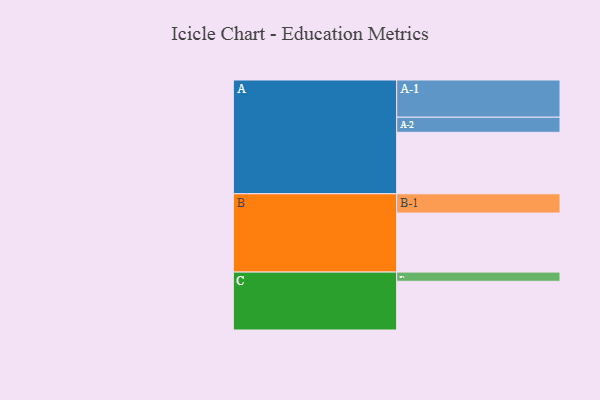
{"axis": {"x": "Segment", "y": "Value"}, "legend": ["", "A", "B", "C"], "data": [{"x": "A", "y": 428, "type": ""}, {"x": "B", "y": 411, "type": ""}, {"x": "C", "y": 339, "type": ""}, {"x": "A-1", "y": 259, "type": "A"}, {"x": "A-2", "y": 105, "type": "A"}, {"x": "B-1", "y": 134, "type": "B"}, {"x": "C-1", "y": 64, "type": "C"}]}